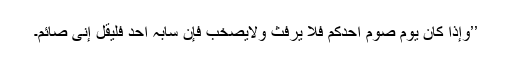
’’وإذا کان یوم صوم أحدکم فلا یرفث ولایصخب فإن سابَّہٗ أحدٌ فلیقل إنی صائم۔